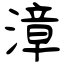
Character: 漳